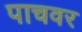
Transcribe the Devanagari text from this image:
पाचवर